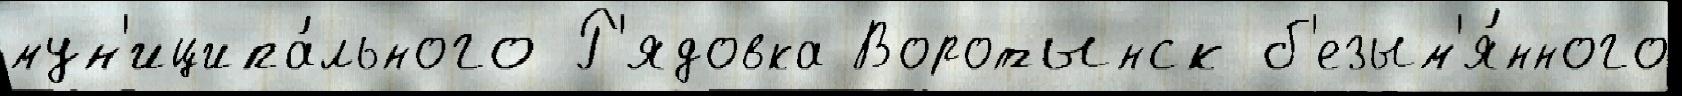
мун'иципа́льного Р'ядовка Воротынск б'езым'я́нного